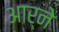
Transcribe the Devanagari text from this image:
आर्ने